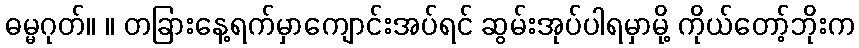
ဓမ္မဂုတ်။ ။ တခြားနေ့ရက်မှာကျောင်းအပ်ရင် ဆွမ်းအုပ်ပါရမှာမို့ ကိုယ်တော့်ဘိုးက